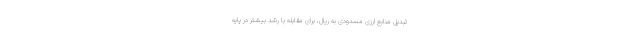
تبدیل منابع ارزی مسدودی به ریال، برای مقابله با رشد بیشتر در پایه